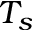
T _ { s }